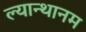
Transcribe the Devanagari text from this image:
ल्यान्थानम